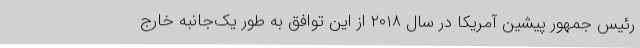
رئیس جمهور پیشین آمریکا در سال ۲۰۱۸ از این توافق به طور یک‌جانبه خارج